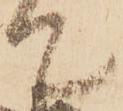
て